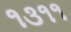
૧૩૧૧